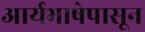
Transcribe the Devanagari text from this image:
आर्यभाषेपासून